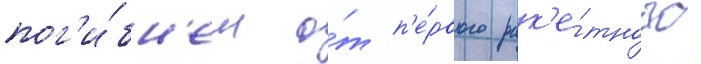
пог'и́бн'ем о́т п'е́рвого рак'е́тного